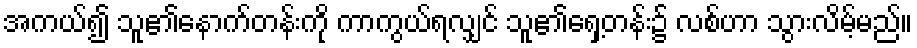
အကယ်၍ သူ၏နောက်တန်းကို ကာကွယ်ရလျှင် သူ၏ရှေ့တန်း၌ လစ်ဟာ သွားလိမ့်မည်။